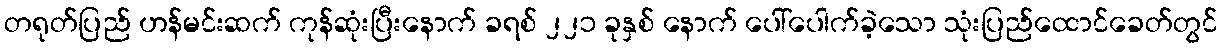
တရုတ်ပြည် ဟန်မင်းဆက် ကုန်ဆုံးပြီးနောက် ခရစ် ၂၂၁ ခုနှစ် နောက် ပေါ်ပေါက်ခဲ့သော သုံးပြည်ထောင်ခေတ်တွင်